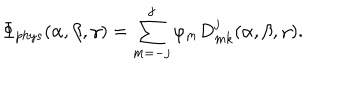
\Phi _ { p h y s } ( \alpha , \beta , \gamma ) = \sum _ { m = - j } ^ { j } \varphi _ { m } D _ { m k } ^ { j } ( \alpha , \beta , \gamma ) .